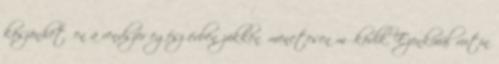
köszönhetően a rendszer egész évben zökkenőmenetesen működik. Ezenkívül rutin